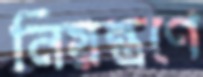
নিয়ন্ত্রণে